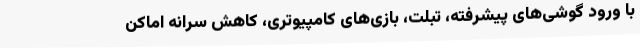
با ورود گوشی‌های پیشرفته، تبلت، بازی‌های کامپیوتری، کاهش سرانه اماکن